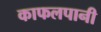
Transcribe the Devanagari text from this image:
काफलपानी